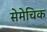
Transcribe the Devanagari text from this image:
सेमेचिक